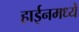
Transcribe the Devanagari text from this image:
हाईनमध्ये